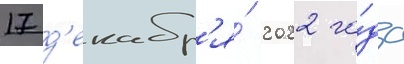
17 д'екабр'я́ 2022 го́да